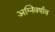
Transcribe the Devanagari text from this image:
अग्निवर्षाव